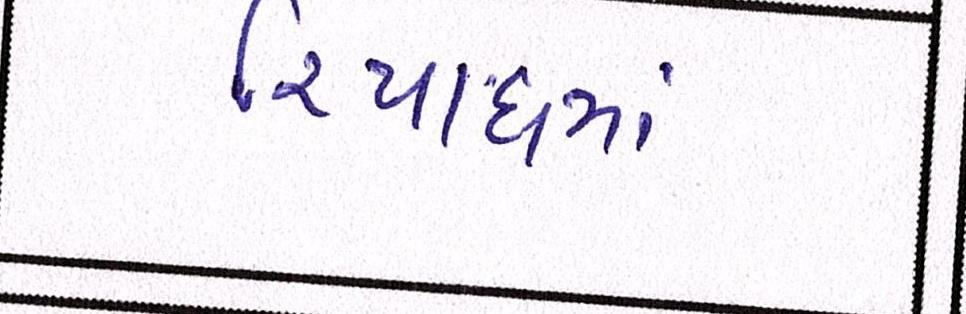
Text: રિયાધમાં